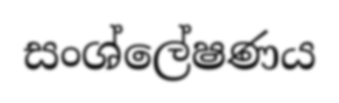
සංශ්ලේෂණය